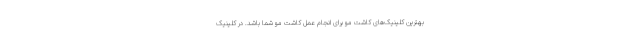
بهترین کلینیک‌های کاشت مو برای انجام عمل کاشت مو شما باشد. در کلینیک